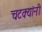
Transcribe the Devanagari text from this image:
चटक्‍यांनी